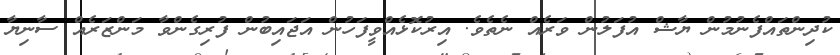
ކުދިންތައްފެނުމުން ޔާޝް އުފަލުން ވަރެއް ނެތެވެ. އިރުކޮޅެއްވީފަހުން އަޖައިބުން ފުރިގެންވާ މަންޒަރެއް ސާނިޔާ